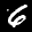
Label: 6